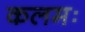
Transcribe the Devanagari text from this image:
कलमः